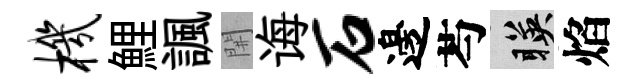
机鯉諷𨳩诲石邊芍暎焰